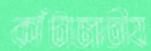
কাঁটাজাতীয়